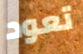
تعود